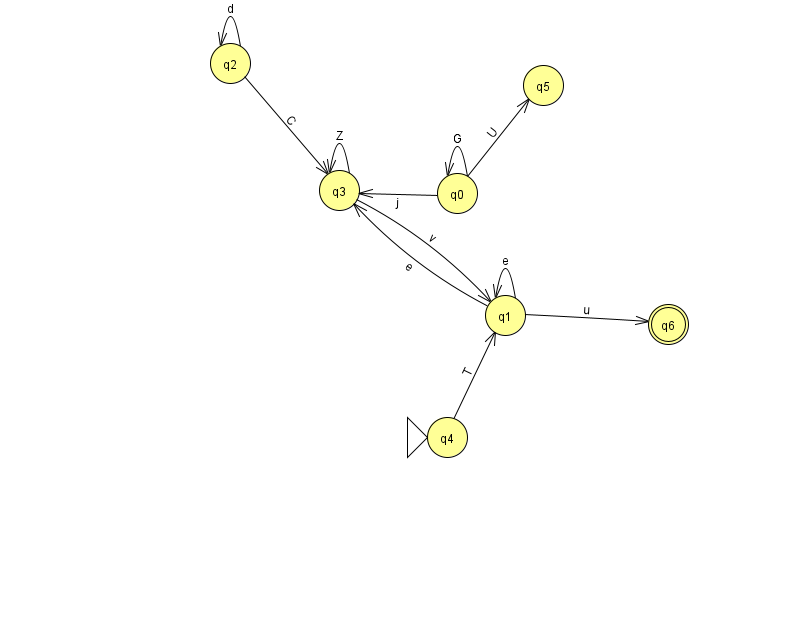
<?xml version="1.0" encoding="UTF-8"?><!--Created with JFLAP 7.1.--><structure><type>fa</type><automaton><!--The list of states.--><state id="0" name="q0"><x>457.0</x><y>180.0</y></state><state id="1" name="q1"><x>505.0</x><y>302.0</y></state><state id="2" name="q2"><x>230.0</x><y>50.0</y></state><state id="3" name="q3"><x>339.0</x><y>177.0</y></state><state id="4" name="q4"><x>447.0</x><y>424.0</y><initial/></state><state id="5" name="q5"><x>543.0</x><y>72.0</y></state><state id="6" name="q6"><x>668.0</x><y>311.0</y><final/></state><!--The list of transitions.--><transition><from>3</from><to>1</to><read>v</read></transition><transition><from>1</from><to>3</to><read>e</read></transition><transition><from>0</from><to>5</to><read>U</read></transition><transition><from>2</from><to>2</to><read>d</read></transition><transition><from>1</from><to>1</to><read>e</read></transition><transition><from>0</from><to>0</to><read>G</read></transition><transition><from>2</from><to>3</to><read>C</read></transition><transition><from>0</from><to>3</to><read>j</read></transition><transition><from>4</from><to>1</to><read>T</read></transition><transition><from>3</from><to>3</to><read>Z</read></transition><transition><from>1</from><to>6</to><read>u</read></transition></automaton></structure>